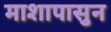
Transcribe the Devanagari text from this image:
माशापासुन